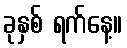
ခုနှစ် ရက်နေ့။